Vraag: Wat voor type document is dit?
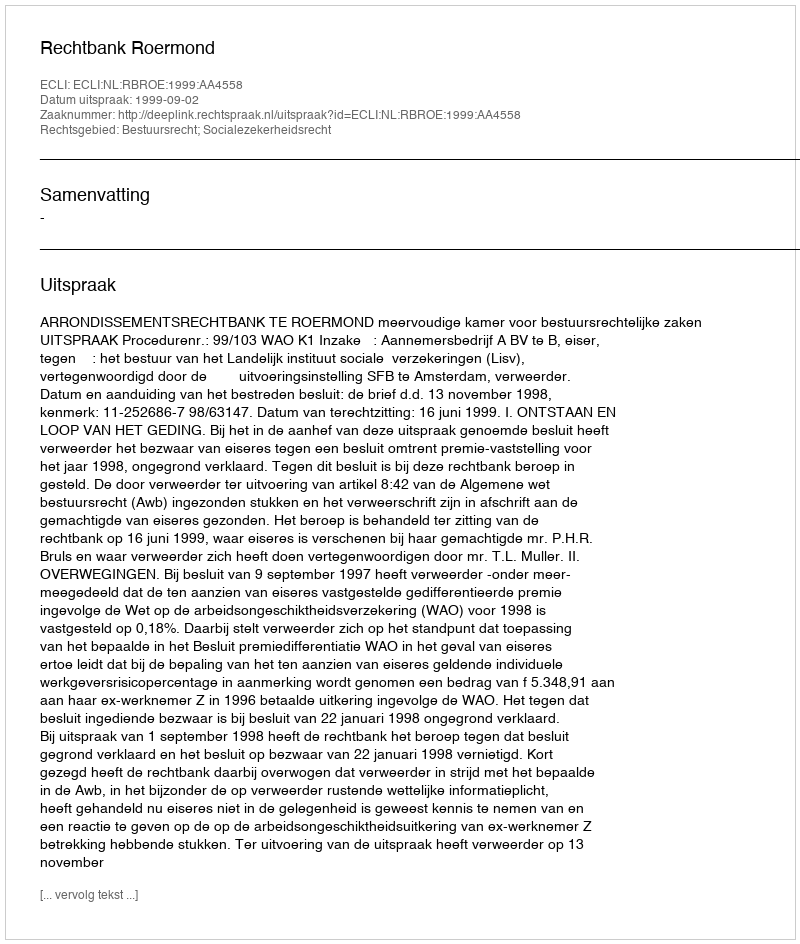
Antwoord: Uitspraak